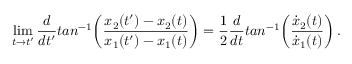
\operatorname * { l i m } _ { t \rightarrow t ^ { \prime } } { \frac { d } { d t ^ { \prime } } } t a n ^ { - 1 } \biggl ( { \frac { x _ { 2 } ( t ^ { \prime } ) - x _ { 2 } ( t ) } { x _ { 1 } ( t ^ { \prime } ) - x _ { 1 } ( t ) } } \biggr ) = { \frac { 1 } { 2 } } { \frac { d } { d t } } t a n ^ { - 1 } \biggl ( { \frac { { \dot { x } } _ { 2 } ( t ) } { { \dot { x } } _ { 1 } ( t ) } } \biggr ) \, .